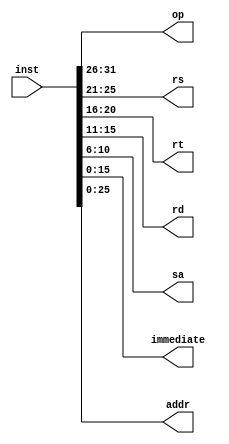
`timescale 1ns / 1ps

module InstDecode(
    input [31:0] inst,
    output reg [5:0] op,
    output reg [4:0] rs,
    output reg [4:0] rt,
    output reg [4:0] rd,
    output reg [4:0] sa,
    output reg [15:0] immediate,
    output reg [25:0] addr
    );
    
    always @( inst ) begin   
        op = inst[31:26];
        rs = inst[25:21];
        rt = inst[20:16];
        rd = inst[15:11];
        sa = inst[10:6];
        immediate = inst[15:0];
        addr = inst[25:0];
    end 
    
endmodule